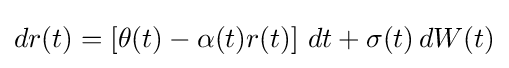
dr(t)=\left[\theta (t)-\alpha (t)r(t)\right]\,dt+\sigma (t)\,dW(t)